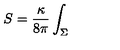
S = \frac { \kappa } { 8 \pi } \int _ { \Sigma }